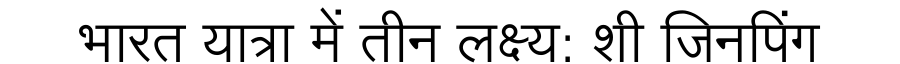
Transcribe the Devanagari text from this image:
भारत यात्रा में तीन लक्ष्य: शी जिनपिंग